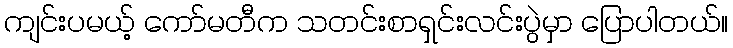
ကျင်းပမယ့် ကော်မတီက သတင်းစာရှင်းလင်းပွဲမှာ ပြောပါတယ်။